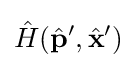
{\hat {H}}({\hat {\mathbf {p} }}',{\hat {\mathbf {x} }}')